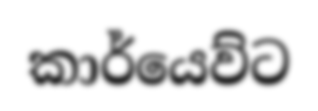
කාර්යෙව්ට